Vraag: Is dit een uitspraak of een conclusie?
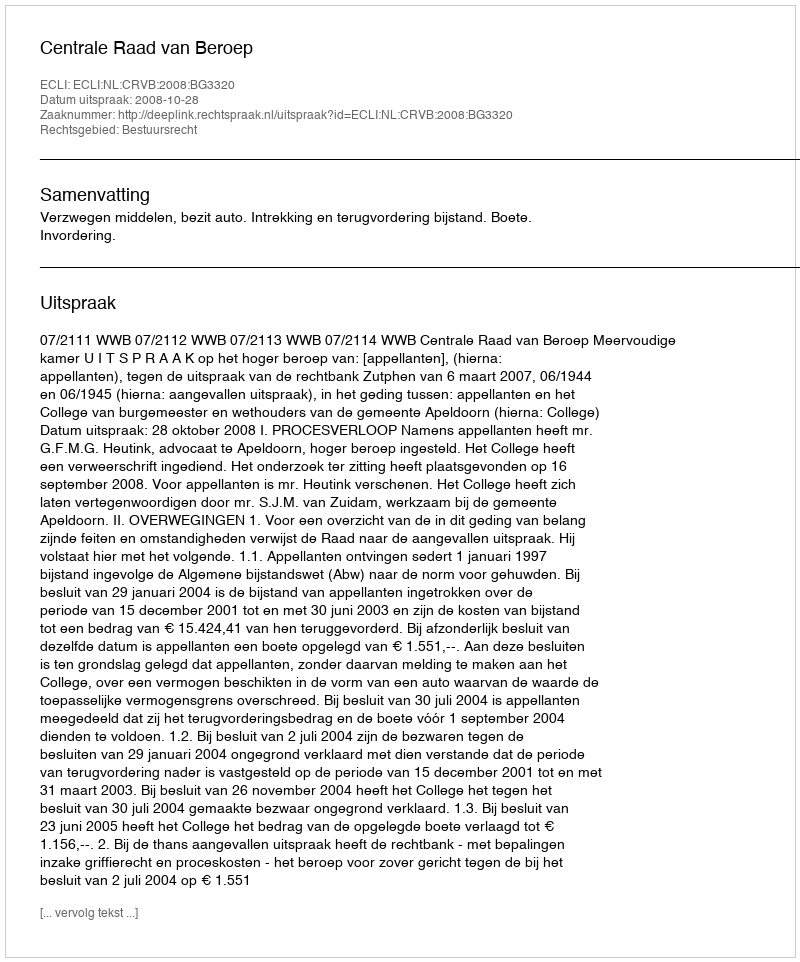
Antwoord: Uitspraak